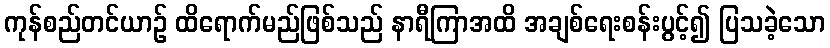
ကုန်စည်တင်ယာဉ် ထိရောက်မည်ဖြစ်သည် နာရီကြာအထိ အချစ်ရေးစန်းပွင့်၍ ပြသခဲ့သော